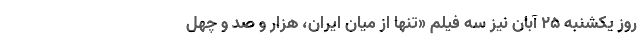
روز یکشنبه ۲۵ آبان نیز سه فیلم «تنها از میان ایران، هزار و صد و چهل